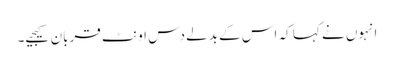
انہوں نے کہا کہ اس کے بدلے دس اونٹ قربان کیجیے۔